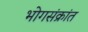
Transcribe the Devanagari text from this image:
भोगसंक्रांत